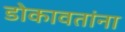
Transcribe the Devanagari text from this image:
डोकावतांना